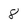
Character: 8